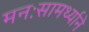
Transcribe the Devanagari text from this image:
मनःसामर्थ्याने